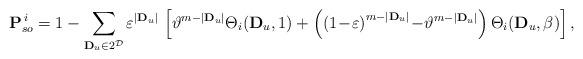
LaTeX: \begin{align*}\mathbf P_{so}^{\,i}=1-\sum_{\mathbf D_u\in 2^{\mathcal D}}\varepsilon^{|\mathbf D_u|}\,\left[\vartheta^{m-|\mathbf D_u|}\Theta_{i}(\mathbf D_u,1)+\left(\left(1\!-\!\varepsilon\right)^{m-|\mathbf D_u|}\!-\!\vartheta^{m-|\mathbf D_u|}\right)\Theta_{i}(\mathbf D_u,\beta)\right],\end{align*}